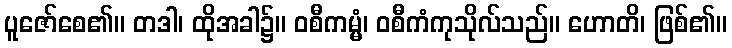
ပူဇော်စေ၏။ တဒါ၊ ထိုအခါ၌။ ဝစီကမ္မံ၊ ဝစီကံကုသိုလ်သည်။ ဟောတိ၊ ဖြစ်၏။